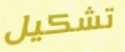
تشكيل